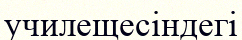
училещесіндегі